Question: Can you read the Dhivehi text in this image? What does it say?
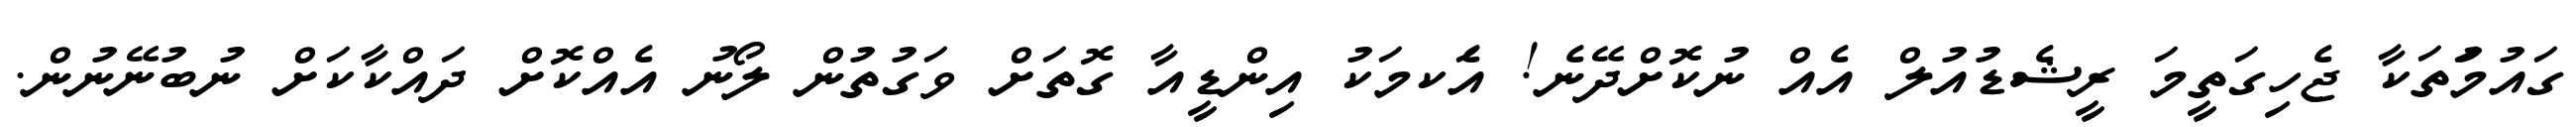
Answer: ގައުމަުތަކާ ޖެހިގަތީމަ ރީޝެޑުއުލް އެއް ނުކޮށްދޭނެ! އެަކމަކު އިންޑީއާ ގޮތަށް ވަގުތުން ލޯނު އެއްކޮށް ދައްކާކަށް ނުބުނޭނުން.